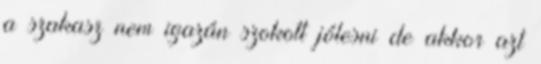
a szakasz nem igazán szokott jólesni de akkor azt